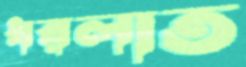
ধরলাত